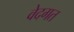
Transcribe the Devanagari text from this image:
वेदगत